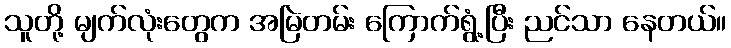
သူတို့ မျက်လုံးတွေက အမြဲတမ်း ကြောက်ရွံ့ပြီး ညင်သာ နေတယ်။